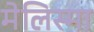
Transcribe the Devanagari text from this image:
मेलिस्मा